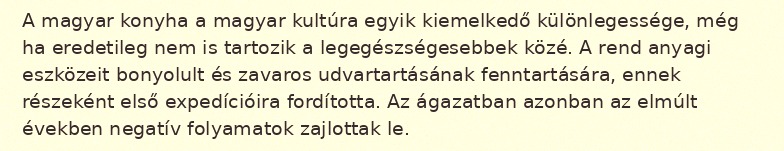
A magyar konyha a magyar kultúra egyik kiemelkedő különlegessége, még ha eredetileg nem is tartozik a legegészségesebbek közé. A rend anyagi eszközeit bonyolult és zavaros udvartartásának fenntartására, ennek részeként első expedícióira fordította. Az ágazatban azonban az elmúlt években negatív folyamatok zajlottak le.